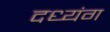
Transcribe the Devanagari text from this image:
दध्यंग